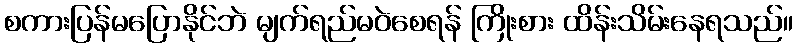
စကားပြန်မပြောနိုင်ဘဲ မျက်ရည်မဝဲစေရန် ကြိုးစား ထိန်းသိမ်းနေရသည်။